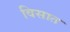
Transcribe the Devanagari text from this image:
विसात